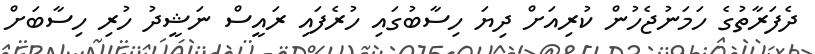
ދެފަރާތުގެ ހަމަނުޖެހުން ކުރިއަށް ދިޔަ ހިސާބުގައި ހުރެފައި ރައީސް ނަޝީދު ހުރި ހިސާބަށް